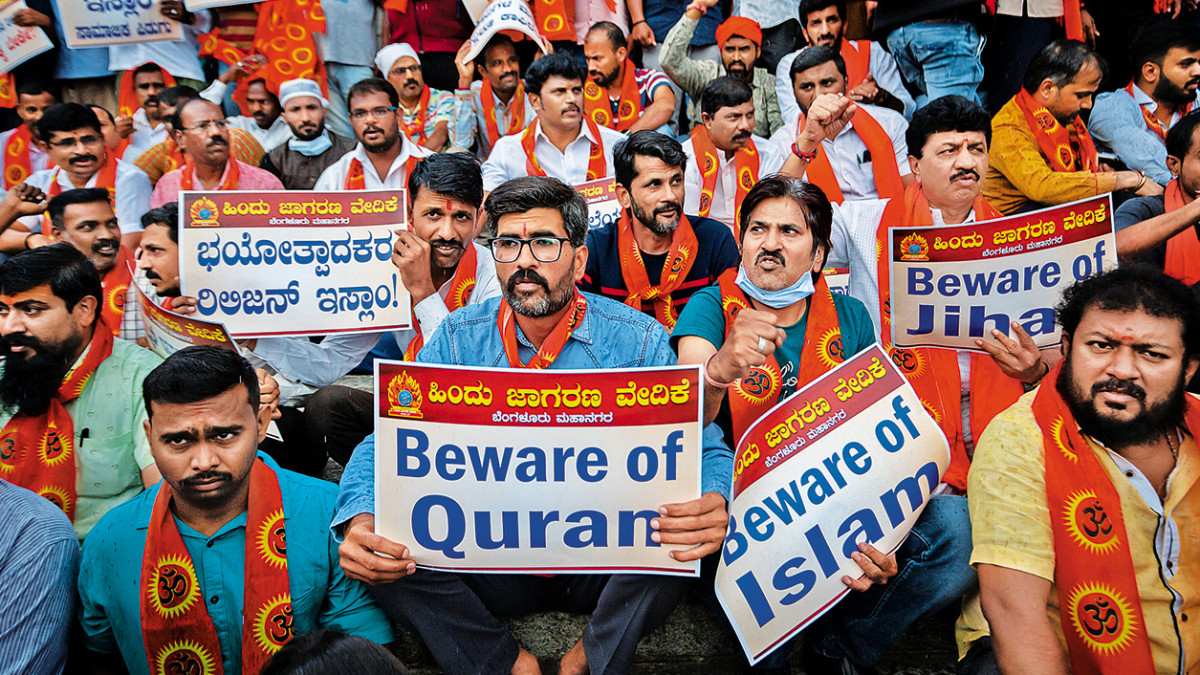
Language: kannada
Transcription: ಭಯೋತ್ಪಾದಕರ ರಿಲಿಜನ್ ಹಿಂದು ವೇದಿಕೆ ಇಸ್ಲಾಂ!